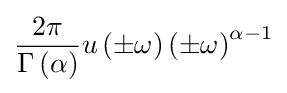
{\frac {2\pi }{\Gamma \left(\alpha \right)}}u\left(\pm \omega \right)\left(\pm \omega \right)^{\alpha -1}